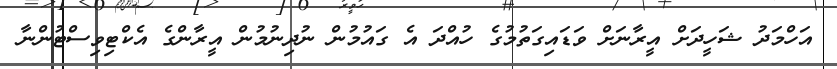
އަހްމަދު ޝަހީދަށް އީރާނަށް ވަޑައިގަތުމުގެ ހުއްދަ އެ ގައުމުން ނުދިނުމުން އީރާންގެ އެކްޓިވިސްޓުންނާ